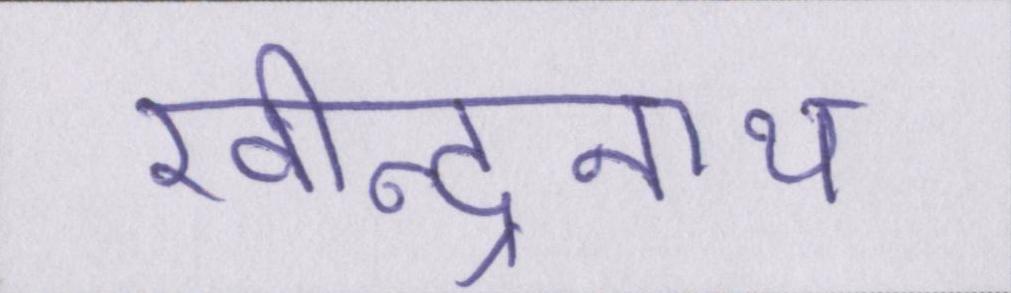
रवीन्द्रनाथ